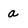
Character: a